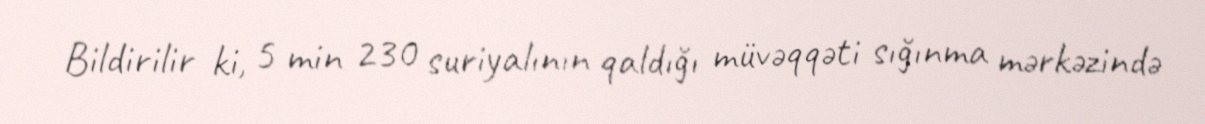
Bildirilir ki, 5 min 230 suriyalının qaldığı müvəqqəti sığınma mərkəzində